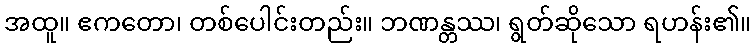
အထူ။ ဧကတော၊ တစ်ပေါင်းတည်း။ ဘဏန္တဿ၊ ရွတ်ဆိုသော ရဟန်း၏။